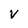
Character: V